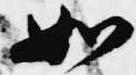
如